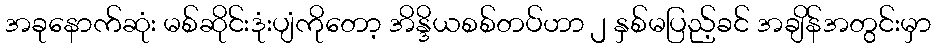
အခုနောက်ဆုံး မစ်ဆိုင်းဒုံးပျံကိုတော့ အိန္ဒိယစစ်တပ်ဟာ ၂ နှစ်မပြည့်ခင် အချိန်အတွင်းမှာ